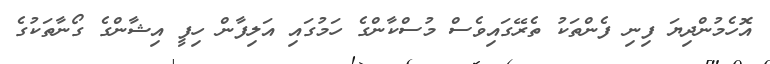
އޮހެމުންދިޔަ ފިނި ފެންތަކު ތެރޭގައިވެސް މުސްކާންގެ ހަމުގައި އަލިފާން ހިފީ އިޝާންގެ ގޯނާތަކުގެ